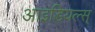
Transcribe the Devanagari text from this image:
आइडियल्स्‌